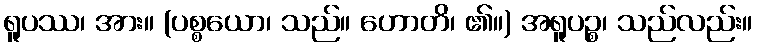
ရူပဿ၊ အား။ (ပစ္စယော၊ သည်။ ဟောတိ၊ ၏။) အရူပဉ္စ၊ သည်လည်း။